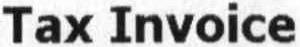
TAX INVOICE